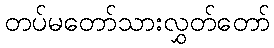
တပ်မတော်သားလွှတ်တော်